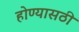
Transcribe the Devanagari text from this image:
होण्यासठी